system: You are a helpful assistant.
user:
Analyze the provided spectrum to determine if it is a **M-type Giant (gM)**.

A M-type Giant spectrum is defined by its **strong molecular absorption** features, particularly from **Titanium Oxide (TiO)**. You must check for one of the following mutually exclusive signatures:

- **Key Visual Indicators (Absorption-Dominated Spectrum):**

    - **(Primary):** The spectrum is dominated by strong molecular absorption from **Titanium Oxide (TiO)**. This is the **defining feature** of its M-type temperature class.
        - **(Key Bandheads):** Look for sharp, "saw-tooth" absorption valleys. The strongest are located near **~7050 Å**, **~6160 Å**, and **~5170 Å**.
        - **(Line Profile):** The "saw-tooth" morphology is critical: a **sharp, steep drop on the BLUE (short-wavelength) side** of the bandhead, followed by a gradual recovery (rising flux) towards the RED (long-wavelength) side.

    - **(Key Confirmation - Giant vs. Dwarf):** **ABSENCE** of strong **Calcium Hydride (CaH)** molecular bands. This is the primary diagnostic for *excluding* M-dwarfs.
        - **(Key Region):** The spectrum should lack the strong, broad absorption band seen in dwarfs between **~6800 Å and ~7000 Å**.

    - **(Secondary Confirmation - Giant):** A very strong and broad **Neutral Calcium (Ca I)** atomic absorption line.
        - **(Key Line):** Located at **~4226 Å**. In a giant (gM), this line is significantly deeper and broader than the same line in an M-dwarf (dM) due to low surface gravity.

    - **(Overall Spectrum):**
        - The continuum is **extremely red-sloping** (i.e., flux is very low in the blue and rises dramatically towards the red).
        - The entire spectrum appears "chopped up" by the deep TiO bands.

Think first, call **spectral_visualization_tool** if needed to examine features in detail, then provide your final answer. Your response must adhere to the following strict rules:
1.  **Overall Structure:** Your response must follow the format `<think>...</think> <tool_call>...</tool_call> (if a tool is used) <answer>...</answer>`.
2.  **Tool Usage Constraint:** You may only make **one** tool call per turn.
3.  **Final Answer Format:** In the `<answer>` tag, your conclusion must be inside a `\boxed{}` command (e.g., `\boxed{YES}` or `\boxed{NO}`), followed by your justification.

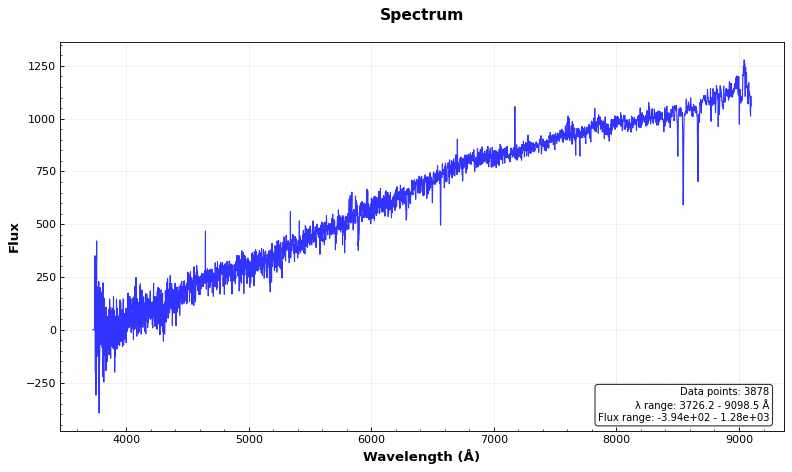
Answer: NO